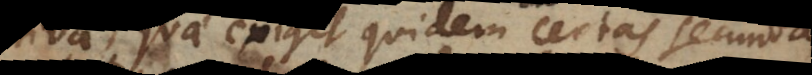
iva, quae exigit quidem certas secundas